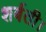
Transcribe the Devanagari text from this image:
शर्बती।